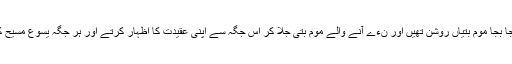
حیاستان کے لوگ بہت مذہبی واقع ہوءے ہیں چنانچہ خانقاہ میں جا بجا موم بتیاں روشن تھیں اور نءے آنے والے موم بتی جلا کر اس جگہ سے اپنی عقیدت کا اظہار کرتے اور ہر جگہ یسوع مسیح کی تصویر دیکھ کر اپنے سینے پہ صلیب کا نشان ضرور بناتے۔